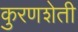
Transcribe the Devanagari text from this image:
कुरणशेती